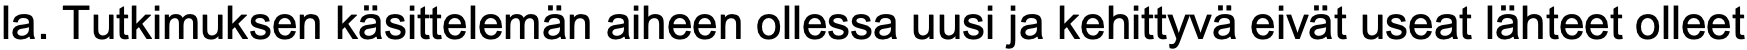
la. Tutkimuksen käsittelemän aiheen ollessa uusi ja kehittyvä eivät useat lähteet olleet